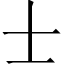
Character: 士